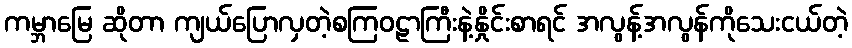
ကမ္ဘာမြေ ဆိုတာ ကျယ်ပြောလှတဲ့စကြဝဠာကြီးနဲ့နှိုင်းစာရင် အလွန့်အလွန်ကိုသေးငယ်တဲ့